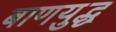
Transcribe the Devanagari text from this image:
बाणयुद्ध